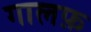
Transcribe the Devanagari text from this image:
गालफ़